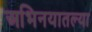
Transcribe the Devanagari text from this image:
अभिनयातल्या